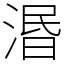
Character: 湣